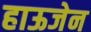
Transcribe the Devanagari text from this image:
हाऊजेन